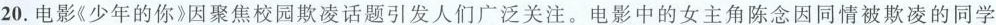
20.电影《少年的你》因聚焦校园欺凌话题引发人们广泛关注。电影中的女主角陈念因同情被欺凌的同学